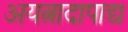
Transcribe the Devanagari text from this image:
अयत्नादापाद्य